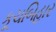
કૂચબિહાર